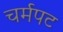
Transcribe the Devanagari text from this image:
चर्मपट